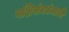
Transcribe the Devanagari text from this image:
पक्षिसंवर्धनाची